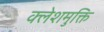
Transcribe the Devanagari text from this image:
क्लेशमुक्ति